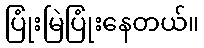
ပြုံးမြဲပြုံးနေတယ်။